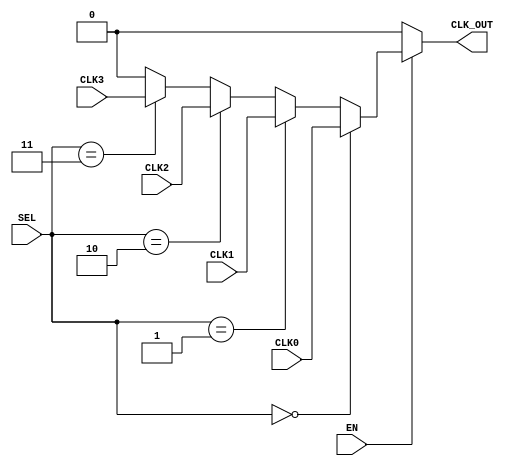
module clock_multiplexer_buffer (
    input wire CLK0,     // Clock Input 0
    input wire CLK1,     // Clock Input 1
    input wire CLK2,     // Clock Input 2
    input wire CLK3,     // Clock Input 3
    input wire [1:0] SEL, // 2-bit selection input
    input wire EN,       // Enable control signal
    output reg CLK_OUT   // Buffered Output Clock
);

// Internal signal to hold the selected clock
wire selected_clk;

// Multiplexer logic for selecting the clock source based on SEL
assign selected_clk = (SEL == 2'b00) ? CLK0 :
                      (SEL == 2'b01) ? CLK1 :
                      (SEL == 2'b10) ? CLK2 :
                      (SEL == 2'b11) ? CLK3 : 1'b0; // Default case (should not occur)

// Output buffering logic with enable control
always @* begin
    if (EN) begin
        CLK_OUT = selected_clk;  // Pass the selected clock to output when enabled
    end else begin
        CLK_OUT = 1'b0;           // Hold output low when disabled
    end
end

endmodule